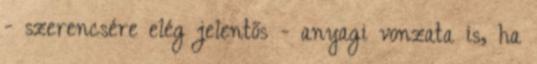
- szerencsére elég jelentős - anyagi vonzata is, ha